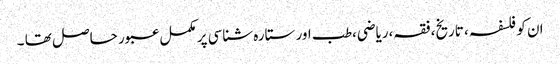
ان کو فلسفہ ، تاریخ، فقہ،ریاضی،طب اور ستارہ شناسی پر مکمل عبور حاصل تھا ۔